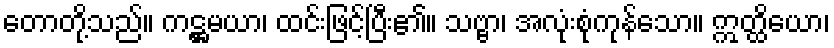
တောတို့သည်။ ကဋ္ဌမယာ၊ ထင်းဖြင့်ပြီး၏။ သဗ္ဗာ၊ အလုံးစုံကုန်သော။ ဣတ္ထိယော၊